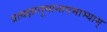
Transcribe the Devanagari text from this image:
प्रत्यक्षानुमानागमाभ्याम्